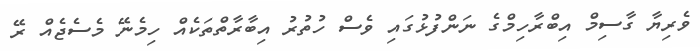
ވެރިޔާ ގާސިމް އިބްރާހިމްގެ ނަންފުޅުގައި ވެސް ހުތުރު އިބާރާތްތަކެއް ހިމެނޭ މެސެޖެއް ރޭ